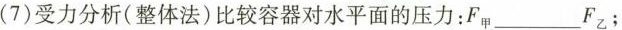
(7)受力分析(整体法)比较容器对水平面的压力：F_{甲}___F_{乙}；